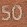
50